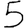
Digit: 5